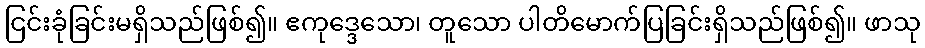
ငြင်းခုံခြင်းမရှိသည်ဖြစ်၍။ ဧကုဒ္ဒေသော၊ တူသော ပါတိမောက်ပြခြင်းရှိသည်ဖြစ်၍။ ဖာသု